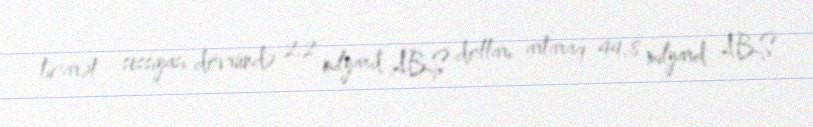
ticarət sessiyası dövründə 2,2 milyard ABŞ dolları artaraq 44,8 milyard ABŞ